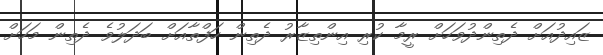
ޒައިދުއަށް ދެތިންދުވަހަށް ރީމާ ކުރި އިންތިޒާރު ދެތިން ހަފްތާއަށް ބަދަލުވެ ދެތިން މަހަށް